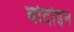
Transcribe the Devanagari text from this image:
बोदोइन